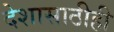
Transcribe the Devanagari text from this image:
देशासाठीही